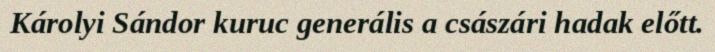
Károlyi Sándor kuruc generális a császári hadak előtt.